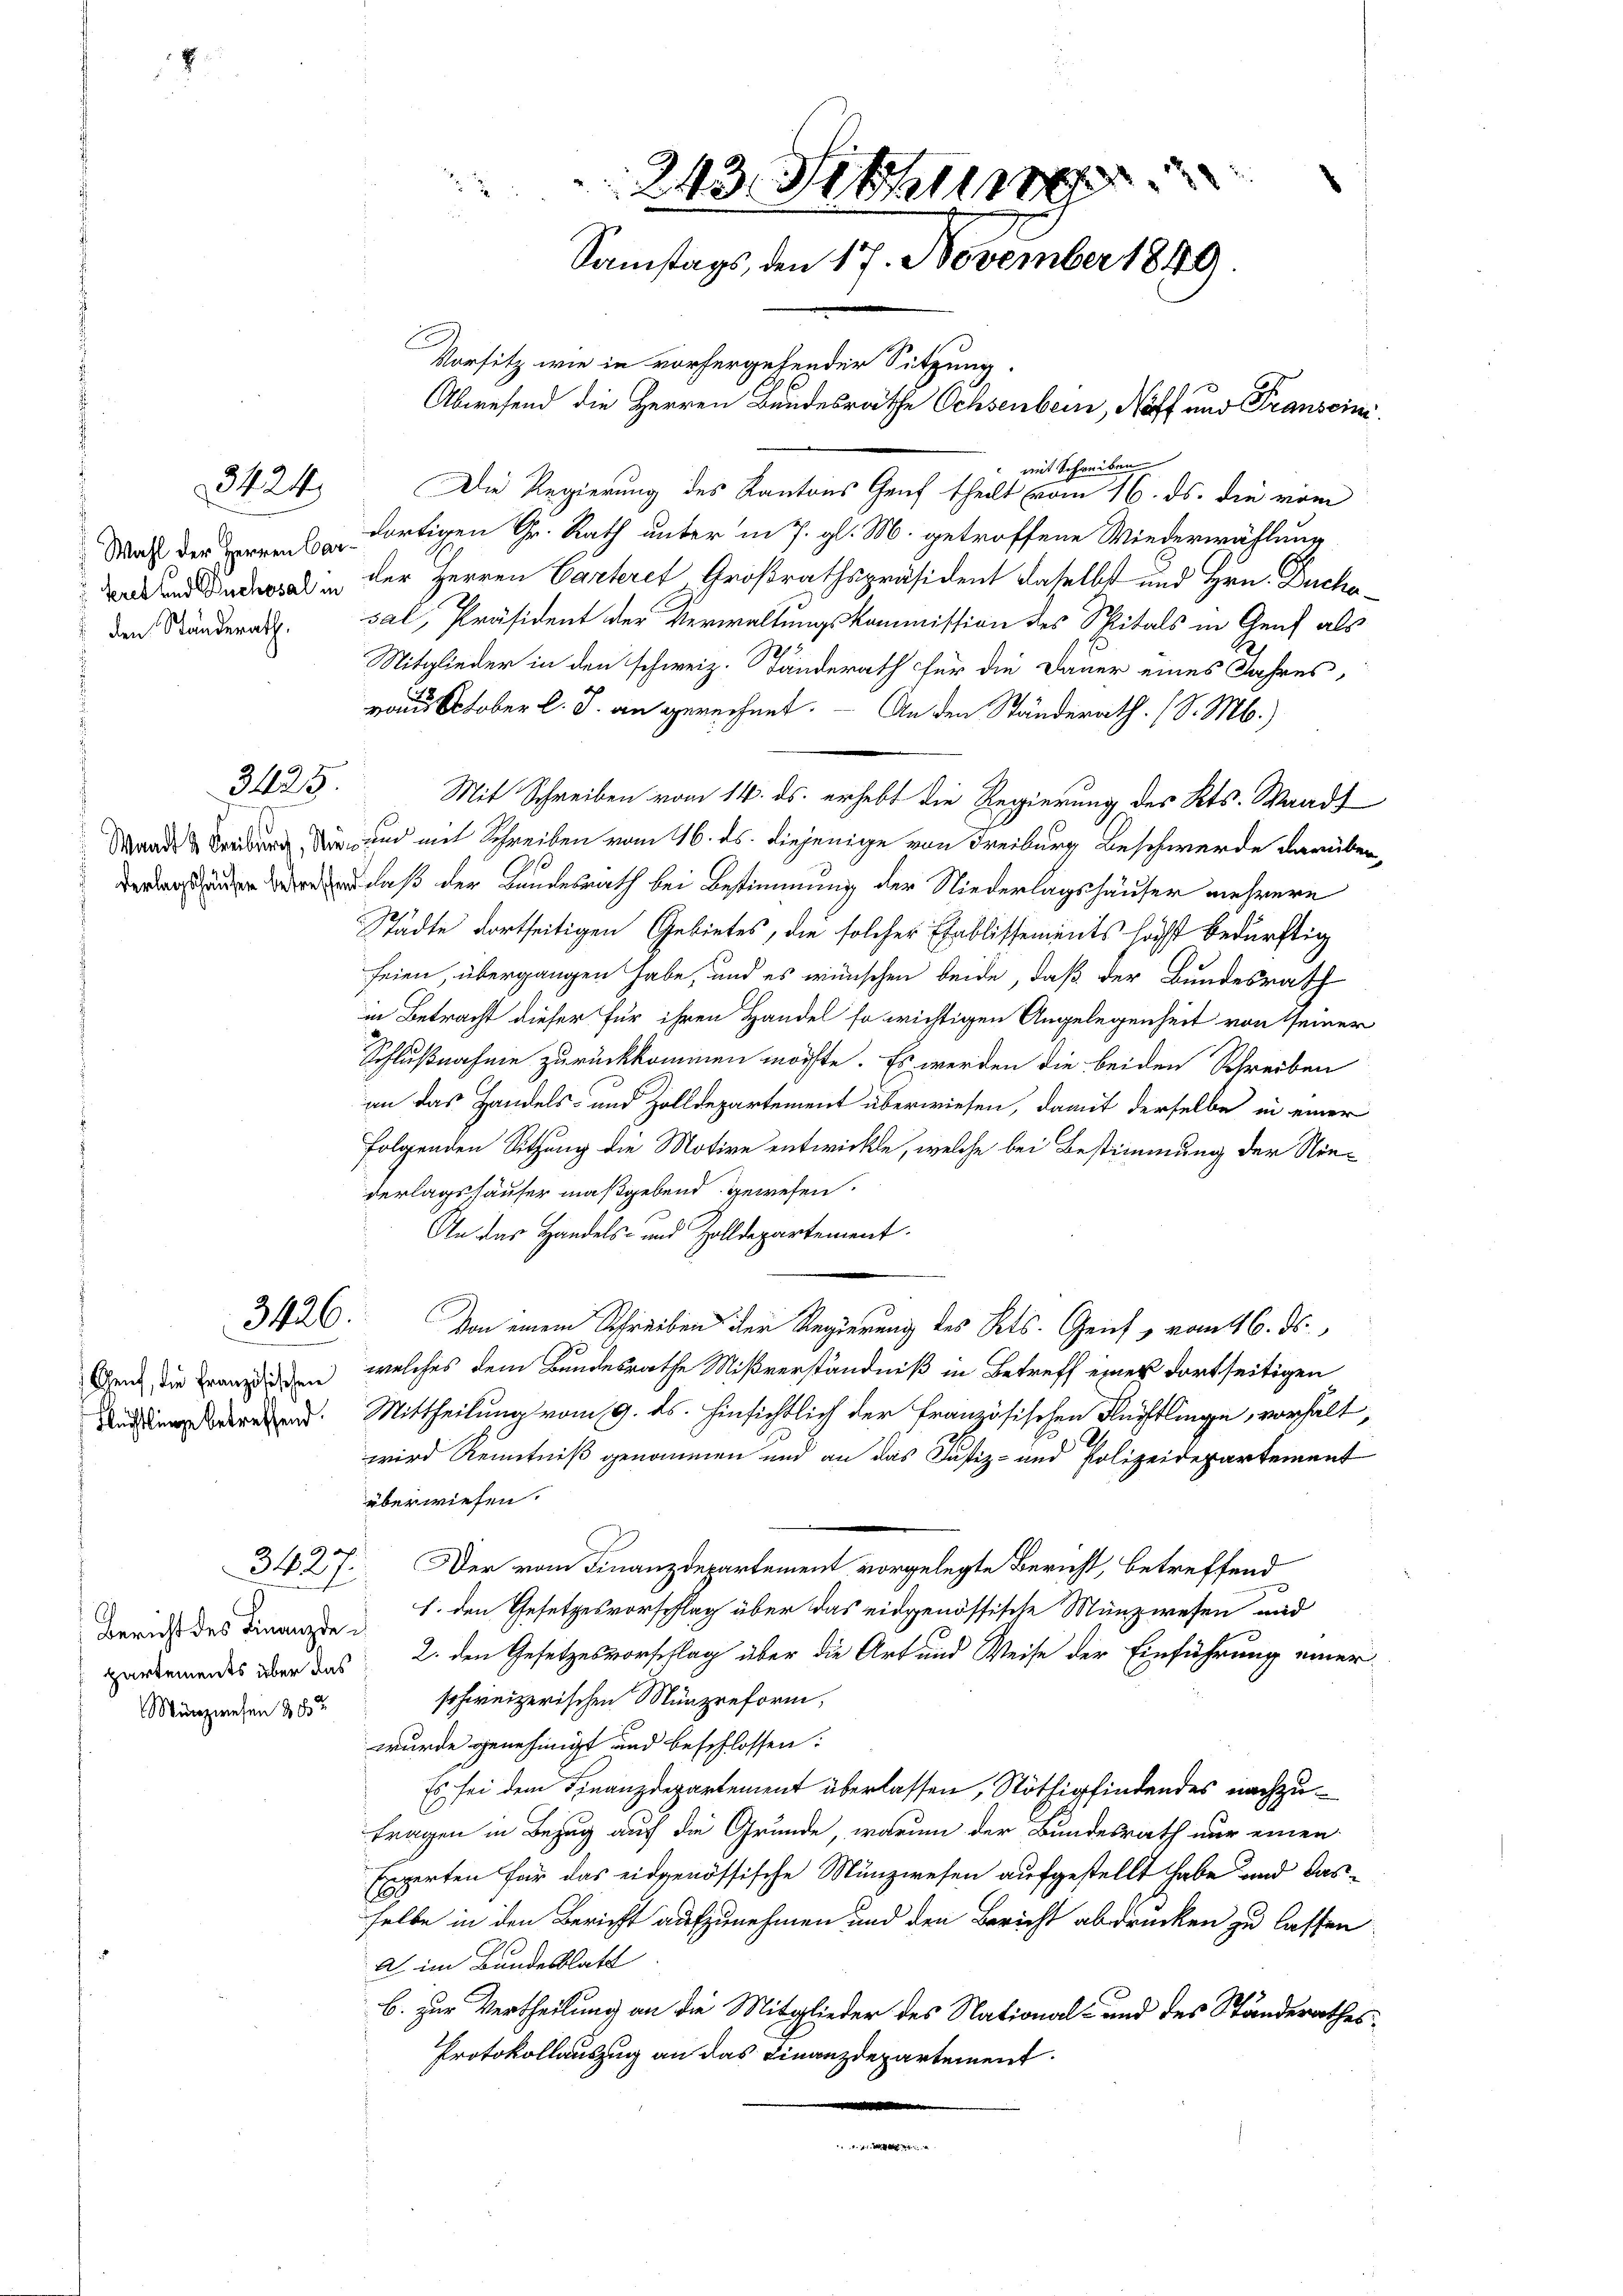
3424

3425.

3426.

Genf, die Französischen
Flüchtlinge betreffend.

Bericht des Finanzde
Münzwesen 3 Fr

mit Schreiben
Die Regierung des Kantons Genf theilt vom 16. ds. die vom
Maß der Sprene dortigen Gr. Rath unter in 7. gl. M. getroffene Wiederwählung
 und in der Herren Carteres Großrathspräsident daselbst und Hrn. Duchaden Ständerathsal, Präsident der Verwaltungskommission des Spitals in Genf als
Mitglieder in den schweiz. Ständerath für die Dauer eines Jahres,
vom October l. J. an gerechnet. — An den Ständerath. (S. M.)
Wande Freiburg, die und mit Schreiben vom 16. ds. diejenige von Freiburg Beschwerde darüber¬
 daß der Landesrath bei Bestimmung der Niederlagshäuser mehrere
Städte dortseitigen Gebietes, die solcher Etablissements höchst bedürftig
feien, übergangen habe, und es wünschen beide, daß der Bundesrath
in Betracht dieser für ihren Handel so wichtigen Angelegenheit von seiner
Schlußnahme zurückkommen mörfte. Es werden die beiden Schreiben
an das Handels- und Zolldepartement überwiesen, damit derselbe in einer
folgenden Sitzung die Motive entwickle, welche bei Bestimmung der Niederlagshäuser maßgebend gewesen.
An das Handels- und Zolldepartement.
Von einem Schreiben der Regierung des Kts. Genf vom 16. ds.
30
welches dem Bundesrathe Mißverständniß in Betreff einer dortseitigen
Mittheilung vom 9. ds. Hinsichtlich der Französischen Rechtlinge, vorhalt,
wird Kenntniß genommen und an das Justiz- und Polizeidepartement
überwiesen.
3427. Der vom Finanzdepartement vorgelegte Bericht, betreffend
1. den Gesetzesvorschlag über das eidgenössische Münzwesen und
urermeides über das 2. den Gesetzesvorschlag über die Art und Weise der Einführung einer
schweizerischen Münzreform,
wurde genehmigt und beschlossen:
Es sei dem Finanzdepartement überlassen, Stöthig findendes nachzufragen in Bezug auf die Grunde, warum der Bundesrath nur einen
Experten für das eidgenössische Münzwesen aufgestellt habe und das
selbe in den Bericht aufzunehmen und den Bericht abdrücken zu lassen
A im Bundesblatt
b. zur Vertheilung an die Mitglieder des National- und des Ständerathes
Protokollauszug an das Finanzdepartement

243. Sin
Samstags, den 17. November 1840
Vorsitz wie in vorhergehender Sitzung.
Abwesend die Herren Bundesräthe Ochsenbern, Noff und Franscini¬

Mit Schreiben vom 14. ds. erhebt die Regierung des Kts. Waadt